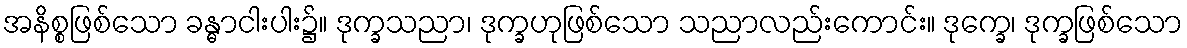
အနိစ္စဖြစ်သော ခန္ဓာငါးပါး၌။ ဒုက္ခသညာ၊ ဒုက္ခဟုဖြစ်သော သညာလည်းကောင်း။ ဒုက္ခေ၊ ဒုက္ခဖြစ်သော